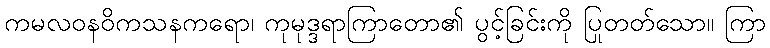
ကမလဝနဝိကသနကရော၊ ကုမုဒ္ဒရာကြာတော၏ ပွင့်ခြင်းကို ပြုတတ်သော။ ကြာ